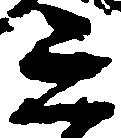
之